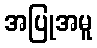
အပြုအမူ